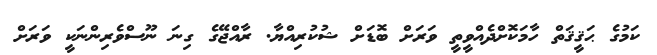
ކަމުގެ ޙަޤީޤަތް ހާމަކޮށްދެއްވީތީ ވަރަށް ބޮޑަށް ޝުކުރިއްޔާ. ރާއްޖޭގެ ގިނަ ނޫސްވެރިންނަކީ ވަރަށް